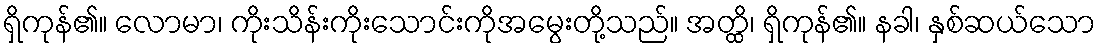
ရှိကုန်၏။ လောမာ၊ ကိုးသိန်းကိုးသောင်းကိုအမွေးတို့သည်။ အတ္ထိ၊ ရှိကုန်၏။ နခါ၊ နှစ်ဆယ်သော